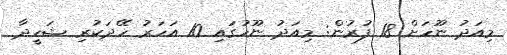
މިއަދު ނޫހަށް 18 ފުރުން: މިއަދު ނޫހުގައި 10 އަހަރު ހޭދަކުރި ޝަހީދާ